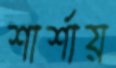
শার্শায়